Indian journal of veterinary science and animal husbandry - Volumes 22-23, 1952-1953
Year: 1952
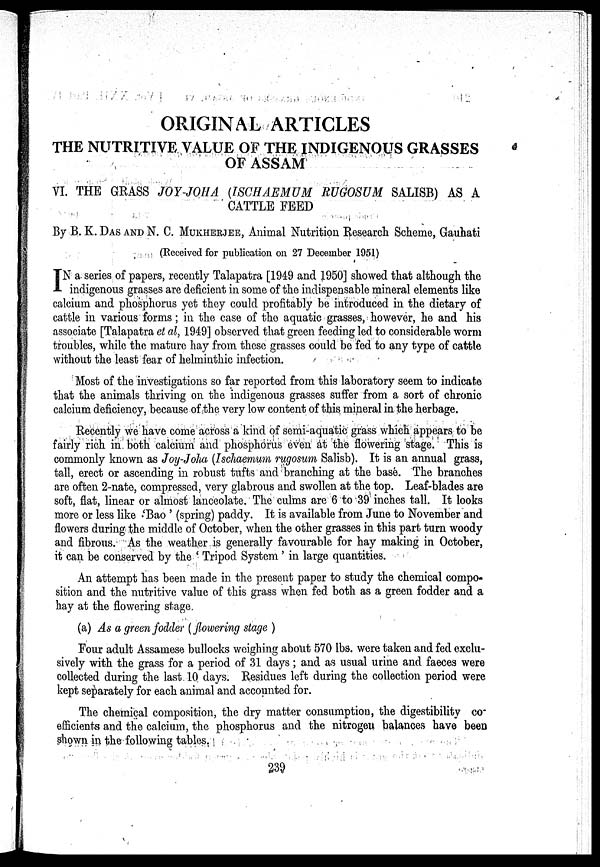
ORIGINAL ARTICLES
THE NUTRITIVE VALUE OF THE INDIGENOUS GRASSES
OF ASSAM
VI. THE GRASS JOY-JOHA (ISCHAEMUM RUGOSUM SALISB) AS A
CATTLE FEED
By B. K. DAS AND N. C. MUKHERJEE, Animal Nutrition Research Scheme, Gauhati
(Received for publication on 27 December 1951)
I N a series of papers, recently Talapatra [1949 and 1950] showed that although the
indigenous grasses are deficient in some of the indispensable mineral elements like
calcium and phosphorus yet they could profitably be introduced in the dietary of
cattle in various forms; in the case of the aquatic grasses, however, he and his
associate [Talapatra et al, 1949] observed that green feeding led to considerable worm
troubles, while the mature hay from these grasses could be fed to any type of cattle
without the least fear of helminthic infection.
Most of the investigations so far reported from this laboratory seem to indicate
that the animals thriving on the indigenous grasses suffer from a sort of chronic
calcium deficiency, because of the very low content of this mineral in the herbage.
Recently we have come across a kind of semi-aquatic grass which appears to be
fairly rich in. both calcium and phosphorus even at the flowering stage. This is
commonly known as Joy-Joha (Ischaemum rugosum Salisb). It is an annual grass,
tall, erect or ascending in robust tufts and branching at the base. The branches
are often 2-nate, compressed, very glabrous and swollen at the top. Leaf-blades are
soft, flat, linear or almost lanceolate. The culms are 6 to 39 inches tall. It looks
more or less like 'Bao' (spring) paddy. It is available from June to November and
flowers during the middle of October, when the other grasses in this part turn woody
and fibrous. As the weather is generally favourable for hay making in October,
it can be conserved by the ' Tripod System ' in large quantities.
An attempt has been made in the present paper to study the chemical compo-
sition and the nutritive value of this grass when fed both as a green fodder and a
hay at the flowering stage.
(a) As a green fodder (flowering stage )
Four adult Assamese bullocks weighing about 570 lbs. were taken and fed exclu-
sively with the grass for a period of 31 days; and as usual urine and faeces were
collected during the last 10 days. Residues left during the collection period were
kept separately for each animal and accounted for.
The chemical composition, the dry matter consumption, the digestibility co-
efficients and the calcium, the phosphorus and the nitrogen balances have been
shown in the following
tables.
2 3 9